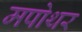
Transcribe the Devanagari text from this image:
मपोथर